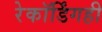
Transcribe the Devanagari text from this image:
रेकॉर्डिंगही